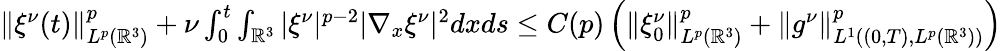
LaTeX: \begin{array}{r}{{\| \xi^{\nu}(t)\| _{L^{p}(\mathbb{R}^{3})}^{p}}+\nu\int_{0}^{t}\int_{\mathbb{R}^{3}}|\xi^{\nu}|^{p-2}|\nabla_{x}\xi^{\nu}|^{2}dxds\leq C(p)\left(\| \xi_{0}^{\nu}\| _{L^{p}(\mathbb{R}^{3})}^{p}+\| g^{\nu}\| _{L^{1}((0,T),L^{p}(\mathbb{R}^{3}))}^{p}\right)}\end{array}